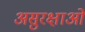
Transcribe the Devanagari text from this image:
असुरक्षाओं